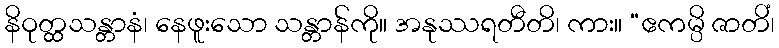
နိဝုတ္ထသန္တာနံ၊ နေဖူးသော သန္တာန်ကို။ အနုဿရတီတိ၊ ကား။ “ဧကမ္ပိ ဇာတိံ၊